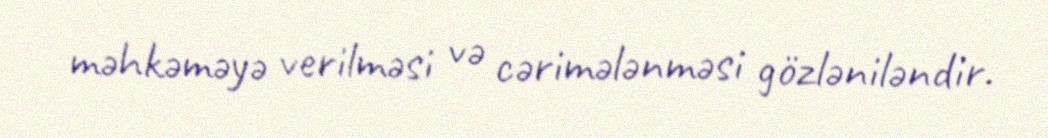
məhkəməyə verilməsi və cərimələnməsi gözləniləndir.